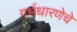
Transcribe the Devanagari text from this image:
गर्भधारणेचे